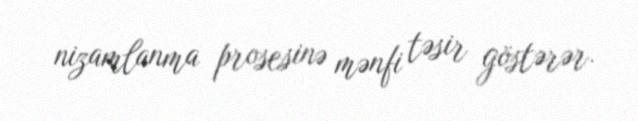
nizamlanma prosesinə mənfi təsir göstərər.